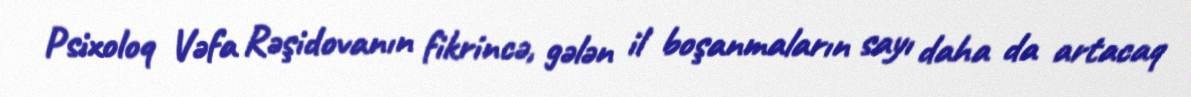
Psixoloq Vəfa Rəşidovanın fikrincə, gələn il boşanmaların sayı daha da artacaq